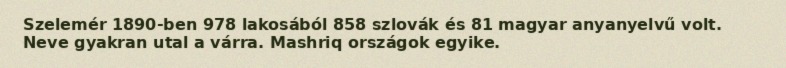
Szelemér 1890-ben 978 lakosából 858 szlovák és 81 magyar anyanyelvű volt. Neve gyakran utal a várra. Mashriq országok egyike.